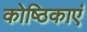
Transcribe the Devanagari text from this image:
कोष्ठिकाएं